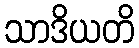
သာဒိယတိ